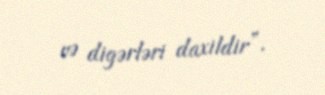
və digərləri daxildir”.